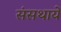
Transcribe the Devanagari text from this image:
संसथायें